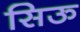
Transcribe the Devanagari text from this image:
सिऊ